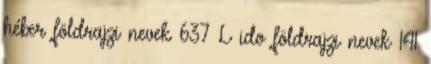
héber földrajzi nevek‎ 637 L ido földrajzi nevek‎ 141